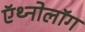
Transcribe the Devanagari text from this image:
ऍथ्नोलॉग